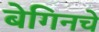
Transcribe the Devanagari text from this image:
बेगिनचे